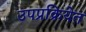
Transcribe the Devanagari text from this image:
उपप्रक्रियेत